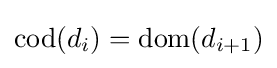
{\text{cod}}(d_{i})={\text{dom}}(d_{i+1})